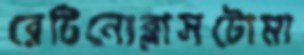
রেটিনোব্লাসটোমা